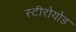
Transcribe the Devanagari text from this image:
स्टीरोयोड